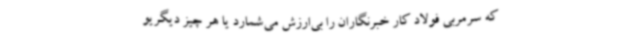
که سرمربی فولاد کار خبرنگاران را بی‌ارزش می‌شمارد یا هر چیز دیگریو